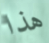
هذا